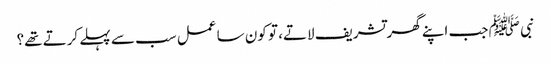
نبی ﷺ جب اپنے گھر تشریف لاتے، تو کون سا عمل سب سے پہلے کرتے تھے؟